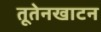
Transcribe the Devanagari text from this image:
तूतेनखाटन